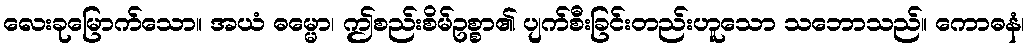
လေးခုမြောက်သော။ အယံ ဓမ္မော၊ ဤစည်းစိမ်ဥစ္စာ၏ ပျက်စီးခြင်းတည်းဟူသော သဘောသည်။ ကောဓနံ၊